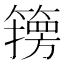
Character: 𮆇